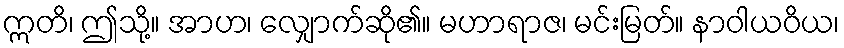
ဣတိ၊ ဤသို့။ အာဟ၊ လျှောက်ဆို၏။ မဟာရာဇ၊ မင်းမြတ်။ နာဝါယဝိယ၊